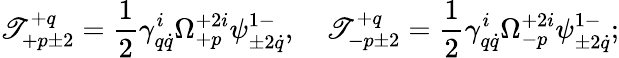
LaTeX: \mathscr{T}_{+p\pm2}^{+q}=\frac{1}{2}\gamma_{q\dot{{q}}}^{i}\Omega_{+p}^{+2i}\psi_{\pm2\dot{{q}}}^{1-},\quad\mathscr{T}_{-p\pm2}^{+q}=\frac{1}{2}\gamma_{q\dot{{q}}}^{i}\Omega_{-p}^{+2i}\psi_{\pm2\dot{{q}}}^{1-};